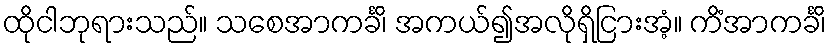
ထိုငါဘုရားသည်။ သစေအာကင်္ခိ၊ အကယ်၍အလိုရှိငြားအံ့။ ကိံအာကင်္ခိ၊